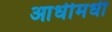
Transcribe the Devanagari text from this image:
आधीमधी